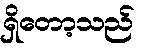
ရှိတော့သည်